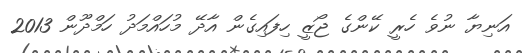
އަނިޔާ ނުވެ ހެރީ ކޭންގެ ޖޯޒީ ހިފައިގެން އާދޭ މުހައްމަދު ހަމްދޫން 2013